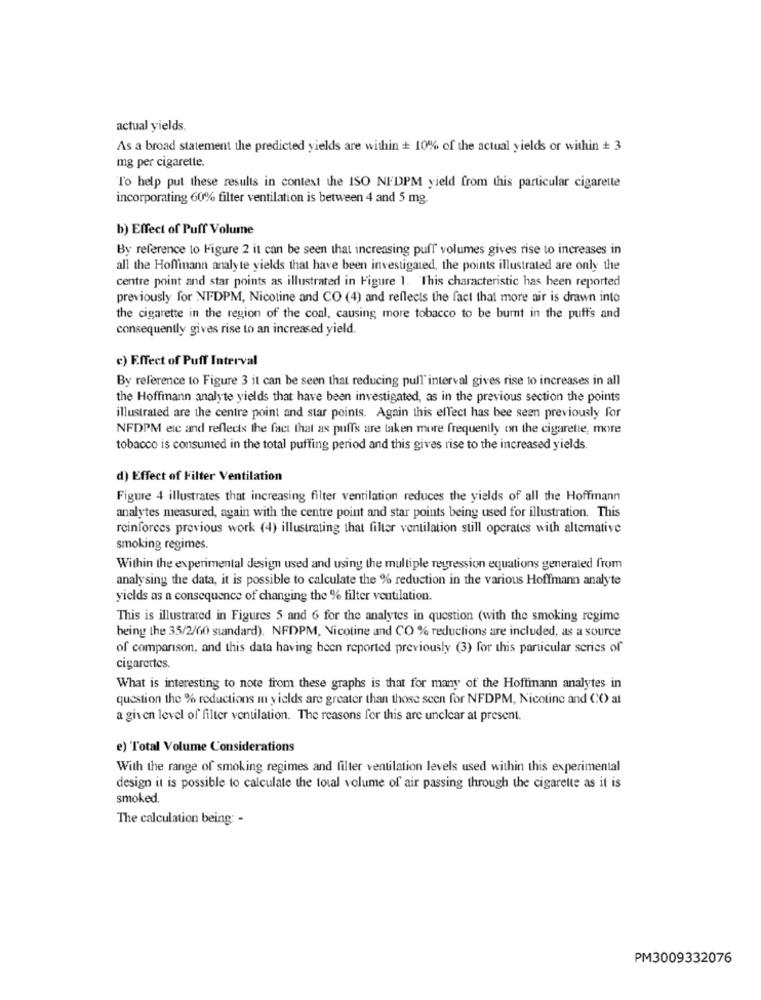
actual yields.
As a broad statement the predicted yields are within + 10% of the actual yields or within + 3
mg per cigarette.
To help put these results in context the ISO NEDPM yield from this particular cigarette
incorporating 60% filter ventilation is between 4 and 5 mg.
b) Effect of Puff Volume
By reference to Figure 2 it can be seen that increasing puff volumes gives rise to increases in
all the Hoffinann analyte yields that have been investigated, the points illustrated are only the
centre point and star points as illustrated in Figure 1. This characteristic has been reported
previously for NFDPM, Nicotine and CO (4) and reflects the fact that more air is drawn into
the cigarette in the region of the coal, causing more tobacco to be burnt in the puffs and
consequently gives rise to an increased yield.
c) E.ffect of Puff Interval
By reference to Figure 3 it can be seen that reducing pull interval gives rise to increases in all
the Hoffmann analyte yields that have been investigated, as in the previous section the points
illustrated are the centre point and star points. Again this effect has bee seen previously for
NFDPM eic and reflects the fact that as puffs are taken more frequently on the cigarette, more
tobacco is consumed in the total puffing period and this gives rise to the increased yields.
d) Effect of Filter Ventilation
Figure 4 illustrates that increasing filter ventilation reduces the yields of all the Hoffmann
analytes measured, again with the centre point and star points being used for illustration. This
reinforces previous work (4) illustrating that filter ventilation still operates with altemative
smoking regimes.
Within the experimental design used and using the multiple regression equations generated from
analysing the data, it is possible to calculate the % reduction in the various Hoffmann analyte
yields as a consequence of changing the % filter ventilation.
This is illustrated in Figures 5 and 6 for the analytes in question (with the smoking regime
being the 35/2/60 standard). NFDPM, Nicotine and CO % reductions are included, as a source
of comparison, and this data having been reported previously (3) for this particular series of
cigarettes.
What is interesting to note from these graphs is that for many of the Hoftinann analytes in
question the % reductions in yields are greater than those seen for NFDPM, Nicotine and CO) at
a given level of filter ventilation. The reasons for this are unclear at present.
e) Total Volume Considerations
With the range of smoking regimes and filter ventilation levels used within this experimental
design it is possible to calculate the total volume of air passing through the cigarette as it is
smoked.
The calculation being: -
PM3009332076